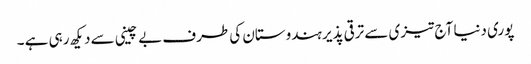
پوری دنیا آج تیزی سے ترقی پذیر ہندوستان کی طرف بے چینی سے دیکھ رہی ہے ۔